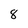
Character: 8